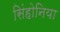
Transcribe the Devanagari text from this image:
सिंहोनिया